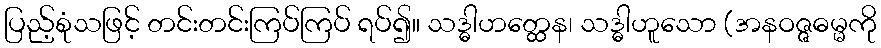
ပြည့်စုံသဖြင့် တင်းတင်းကြပ်ကြပ် ရပ်၍။ သဒ္ဓါဟတ္ထေန၊ သဒ္ဓါဟူသော (အနဝဇ္ဇဓမ္မကို